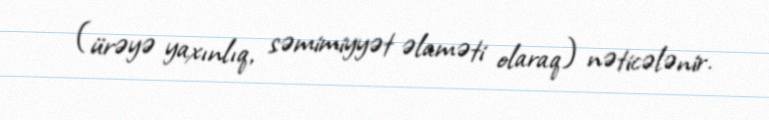
(ürəyə yaxınlıq, səmimiyyət əlaməti olaraq) nəticələnir.